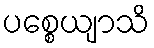
ပစ္စေယျာသိ